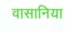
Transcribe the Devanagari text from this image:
वासानिया